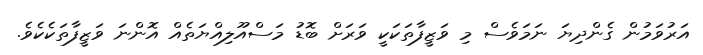
އަރުވަމުން ގެންދިޔަ ނަމަވެސް މި ވަޒީފާތަކަކީ ވަރަށް ބޮޑު މަސްއޫލިއްޔަތެއް އޮންނަ ވަޒީފާތަކެކެވެ.